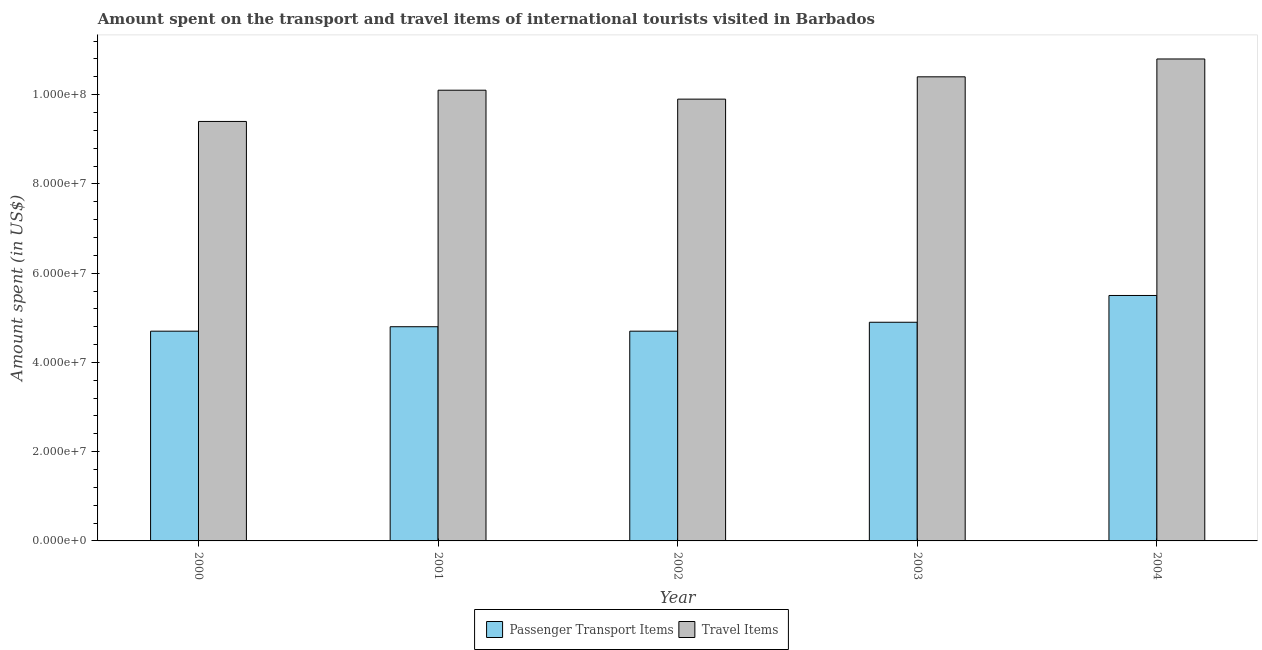
| Year | Passenger Transport Items | Travel Items |
 | --- | --- | --- |
 | 2000 | 4.7e+07 | 9.4e+07 |
 | 2001 | 4.8e+07 | 1.01e+08 |
 | 2002 | 4.7e+07 | 9.9e+07 |
 | 2003 | 4.9e+07 | 1.04e+08 |
 | 2004 | 5.5e+07 | 1.08e+08 |